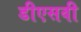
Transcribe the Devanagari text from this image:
डीएसवी